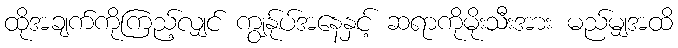
ထိုအချက်ကိုကြည့်လျှင် ကျွန်ုပ်အနေနှင့် ဆရာကိုမိုးသီးအား မည်မျှအထိ